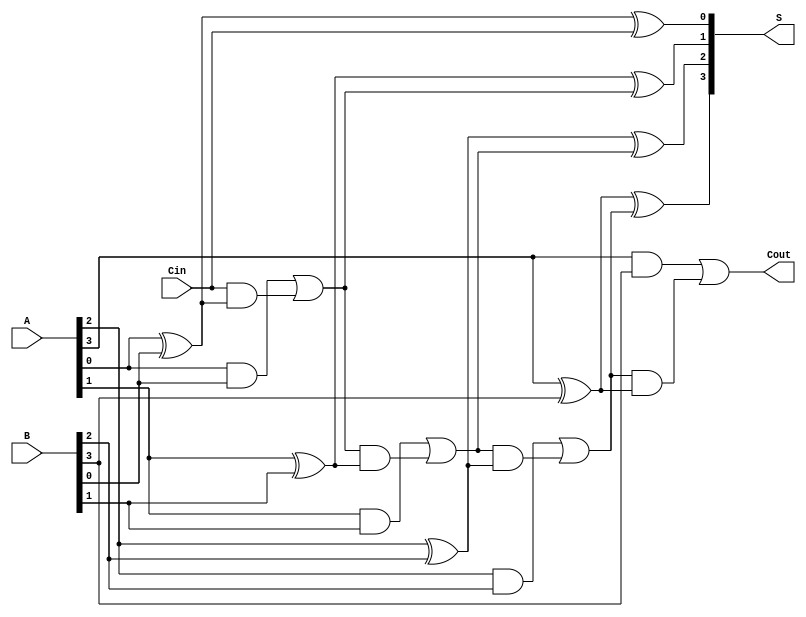
module ling_adder #(parameter n = 4) (
    input  [n-1:0] A,       // First n-bit binary number
    input  [n-1:0] B,       // Second n-bit binary number
    input         Cin,      // Carry-in
    output [n-1:0] S,       // Sum output
    output        Cout       // Carry-out
);

// Internal carry signals
wire [n:0] C; // C will hold carry outputs: C[0] = Cin, C[n] = Cout

// Generate carry signals
genvar i;
generate
    assign C[0] = Cin; // Initial carry-in

    for (i = 0; i < n; i = i + 1) begin: full_adder
        assign S[i] = A[i] ^ B[i] ^ C[i]; // Sum calculation
        assign C[i + 1] = (A[i] & B[i]) | (C[i] & (A[i] ^ B[i])); // Carry calculation
    end
endgenerate

assign Cout = C[n]; // Final carry-out

endmodule